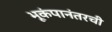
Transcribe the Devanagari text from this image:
भूकंपानंतरची